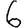
Digit: 6